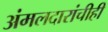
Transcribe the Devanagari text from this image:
अंमलदारांचीही